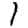
Digit: 1